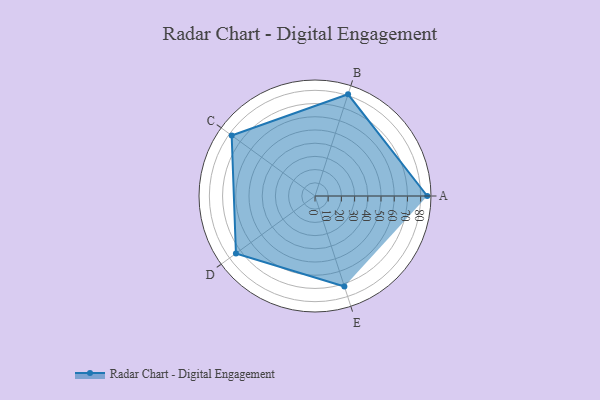
{"axis": {"x": "Skill", "y": "Score"}, "legend": ["Profile"], "data": [{"x": "A", "y": 85.0, "type": "Profile"}, {"x": "B", "y": 81.0, "type": "Profile"}, {"x": "C", "y": 78.0, "type": "Profile"}, {"x": "D", "y": 74.0, "type": "Profile"}, {"x": "E", "y": 72.0, "type": "Profile"}]}